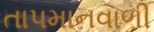
તાપમાનવાળી